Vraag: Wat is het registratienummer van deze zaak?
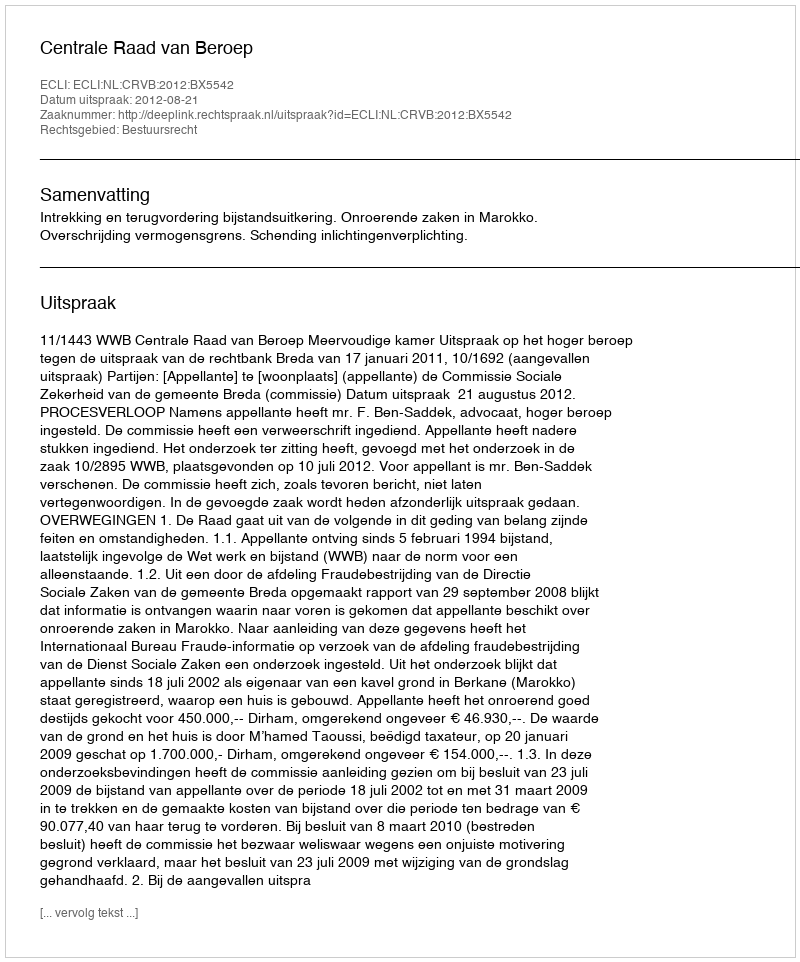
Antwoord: http://deeplink.rechtspraak.nl/uitspraak?id=ECLI:NL:CRVB:2012:BX5542